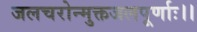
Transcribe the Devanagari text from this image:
जलचरोन्मुक्तजलपूर्णाः।।